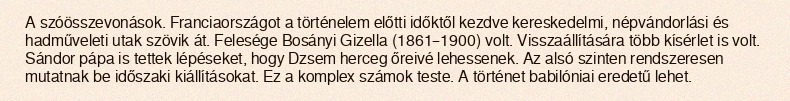
A szóösszevonások. Franciaországot a történelem előtti időktől kezdve kereskedelmi, népvándorlási és hadműveleti utak szövik át. Felesége Bosányi Gizella (1861–1900) volt. Visszaállítására több kísérlet is volt. Sándor pápa is tettek lépéseket, hogy Dzsem herceg őreivé lehessenek. Az alsó szinten rendszeresen mutatnak be időszaki kiállításokat. Ez a komplex számok teste. A történet babilóniai eredetű lehet.